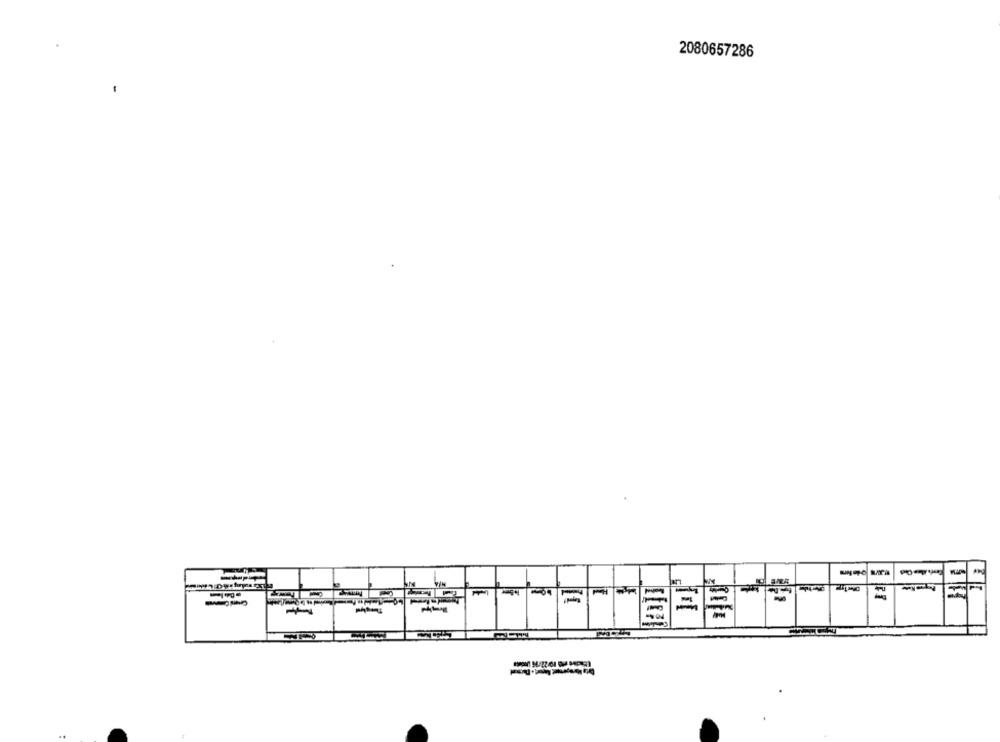
2080657286
三
=
----